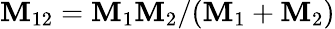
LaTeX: \mathbf{M}_{12}=\mathbf{M}_{1}\mathbf{M}_{2}/(\mathbf{M}_{1}+\mathbf{M}_{2})